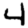
Digit: 4